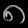
Digit: ၈